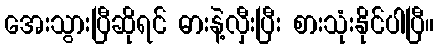
အေးသွားပြီဆိုရင် ဓားနဲ့လှီးပြီး စားသုံးနိုင်ပါပြီ။